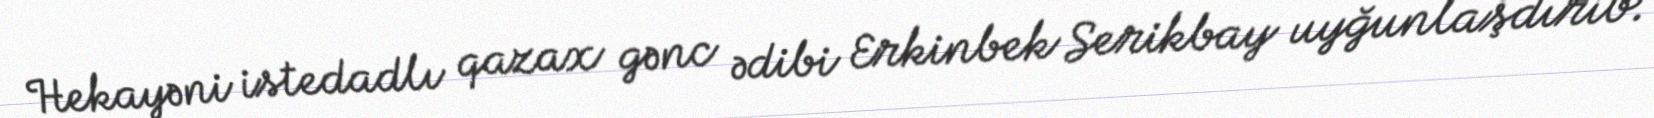
Hekayəni istedadlı qazax gənc ədibi Erkinbek Serikbay uyğunlaşdırıb.